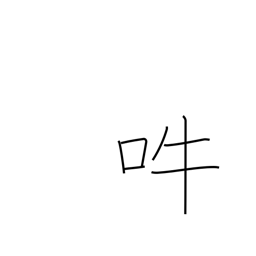
Meaning: bark